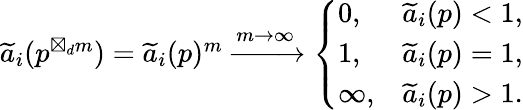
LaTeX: \begin{array}{r}{\widetilde{a}_{i}(p^{\boxtimes_{d}m})=\widetilde{a}_{i}(p)^{m}\xrightarrow{m\rightarrow\infty}\left\{ \begin{array}{ll}{0,}&{\widetilde{a}_{i}(p)<1,}\\ {1,}&{\widetilde{a}_{i}(p)=1,}\\ {\infty,}&{\widetilde{a}_{i}(p)>1.}\end{array}\right.}\end{array}